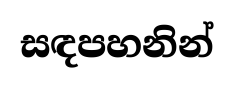
සඳපහනින්